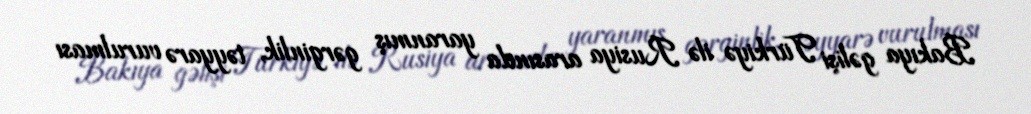
Bakıya gəlişi Türkiyə ilə Rusiya arasında yaranmış gərginlik, təyyarə vurulması